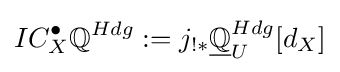
IC_{X}^{\bullet }\mathbb {Q} ^{Hdg}:=j_{!*}{\underline {\mathbb {Q} }}_{U}^{Hdg}[d_{X}]